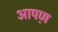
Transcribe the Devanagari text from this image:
आपण़